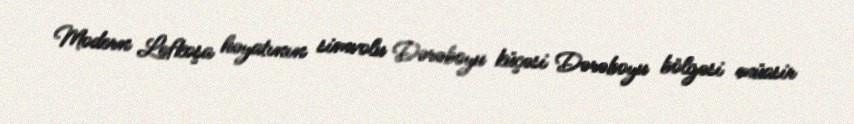
Modern Lefkoşa həyatının simvolu Dərəboyu küçəsi Dərəboyu bölgəsi müasir